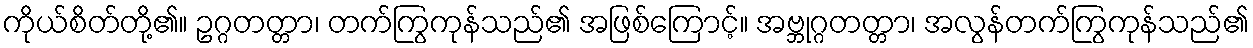
ကိုယ်စိတ်တို့၏။ ဥဂ္ဂတတ္တာ၊ တက်ကြွကုန်သည်၏ အဖြစ်ကြောင့်။ အဗ္ဘုဂ္ဂတတ္တာ၊ အလွန်တက်ကြွကုန်သည်၏